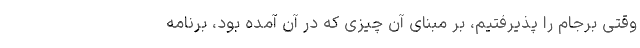
وقتی برجام را پذیرفتیم، بر مبنای آن چیزی که در آن آمده بود، برنامه